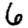
Digit: 6